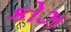
કોઝ